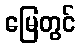
မြေတွင်